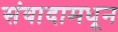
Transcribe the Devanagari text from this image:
संवादामधून